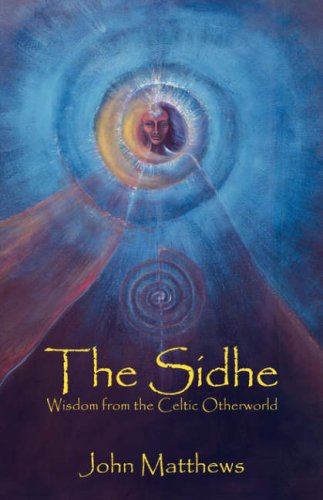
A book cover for The Sidhe: Wisdom from the Celtic Otherworld; John Matthews; Religion & Spirituality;